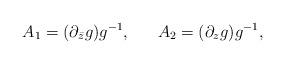
LaTeX: \begin{align*}A_1 = (\partial_{\bar z} g)g^{-1}, \ \ \ \ \ A_2= (\partial_z g)g^{-1},\end{align*}